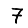
Digit: 7